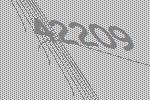
42209